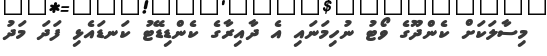
މިސާލަކަށް ކެންދޫގެ ވޯޓު ނުހިމަނައި އެ ދާއިރާގެ ކެންޑިޑޭޓު ކަނޑައެޅި ފަދަ މަދު